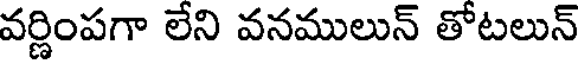
వర్ణింపగా లేని వనములున్ తోటలున్